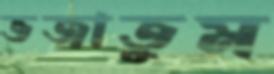
ভজাতুম